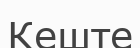
Кеште